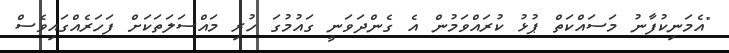
"އެމަނިކުފާނު މަސައްކަތް ޕުޅު ކުރައްވަމުން އެ ގެންދަވަނީ ގައުމުގަ ހުރި މައްސަލަތަކަށް ފަހަރެއްގައިވެސް